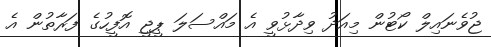
ޖުވެނައިލް ކޯޓުން މިއަދު ވިދާޅުވީ އެ މައްސަލަ ޕީޖީ އޮފީހުގެ ފަރާތުން އެ